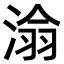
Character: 𪶡